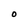
Character: O